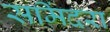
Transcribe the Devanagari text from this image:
समिंदरा